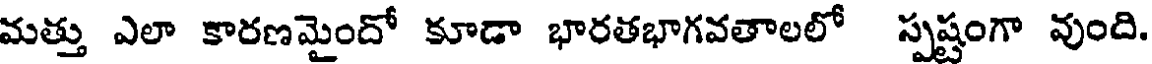
మత్తు ఎలా కారణమైందో కూడా భారతభాగవతాలలో స్పష్టంగా వుంది